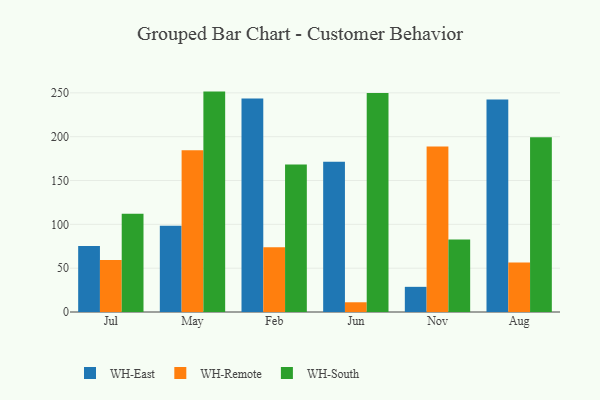
{"axis": {"x": "Month", "y": "Satisfaction Score"}, "legend": ["WH-East", "WH-Remote", "WH-South"], "data": [{"x": "Jul", "y": 75.2, "type": "WH-East"}, {"x": "Jul", "y": 59.2, "type": "WH-Remote"}, {"x": "Jul", "y": 112.0, "type": "WH-South"}, {"x": "May", "y": 98.3, "type": "WH-East"}, {"x": "May", "y": 184.4, "type": "WH-Remote"}, {"x": "May", "y": 251.4, "type": "WH-South"}, {"x": "Feb", "y": 243.5, "type": "WH-East"}, {"x": "Feb", "y": 73.8, "type": "WH-Remote"}, {"x": "Feb", "y": 168.2, "type": "WH-South"}, {"x": "Jun", "y": 171.4, "type": "WH-East"}, {"x": "Jun", "y": 11.1, "type": "WH-Remote"}, {"x": "Jun", "y": 249.9, "type": "WH-South"}, {"x": "Nov", "y": 28.7, "type": "WH-East"}, {"x": "Nov", "y": 188.8, "type": "WH-Remote"}, {"x": "Nov", "y": 82.7, "type": "WH-South"}, {"x": "Aug", "y": 242.5, "type": "WH-East"}, {"x": "Aug", "y": 56.5, "type": "WH-Remote"}, {"x": "Aug", "y": 199.2, "type": "WH-South"}]}